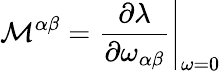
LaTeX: {\cal M}^{\alpha\beta}=\left.\frac{\partial\lambda}{\partial\omega_{\alpha\beta}}\right|_{\omega=0}